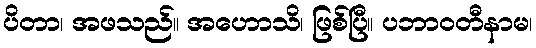
ပိတာ၊ အဖသည်။ အဟောသိ၊ ဖြစ်ပြီ။ ပဘာဝတီနာမ၊